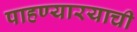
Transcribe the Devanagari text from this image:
पाहण्यारयाची